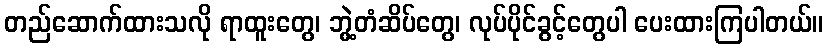
တည်ဆောက်ထားသလို ရာထူးတွေ၊ ဘွဲ့တံဆိပ်တွေ၊ လုပ်ပိုင်ခွင့်တွေပါ ပေးထားကြပါတယ်။